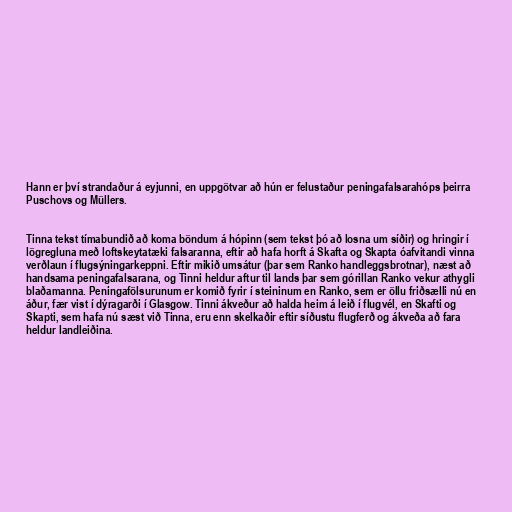
Hann er því strandaður á eyjunni, en uppgötvar að hún er felustaður peningafalsarahóps þeirra
Puschovs og Müllers.

Tinna tekst tímabundið að koma böndum á hópinn (sem tekst þó að losna um síðir) og hringir í
lögregluna með loftskeytatæki falsaranna, eftir að hafa horft á Skafta og Skapta óafvitandi vinna
verðlaun í flugsýningarkeppni. Eftir mikið umsátur (þar sem Ranko handleggsbrotnar), næst að
handsama peningafalsarana, og Tinni heldur aftur til lands þar sem górillan Ranko vekur athygli
blaðamanna. Peningafölsurunum er komið fyrir í steininum en Ranko, sem er öllu friðsælli nú en
áður, fær vist í dýragarði í Glasgow. Tinni ákveður að halda heim á leið í flugvél, en Skafti og
Skapti, sem hafa nú sæst við Tinna, eru enn skelkaðir eftir síðustu flugferð og ákveða að fara
heldur landleiðina.